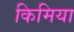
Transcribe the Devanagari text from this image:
किमिया